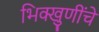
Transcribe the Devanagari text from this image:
भिक्खुणींचे